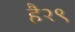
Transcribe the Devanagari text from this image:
है२९